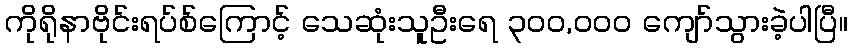
ကိုရိုနာဗိုင်းရပ်စ်ကြောင့် သေဆုံးသူဦးရေ ၃၀၀,၀၀၀ ကျော်သွားခဲ့ပါပြီ။